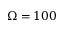
\Omega = 1 0 0